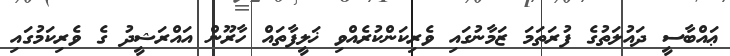
ޢައްބާސީ ދައުލަތުގެ ފުރަތަމަ ޒަމާނުގައި ވެރިކަންކުރެއްވި ޚަލީފާތައް ހާރޫން އައްރަޝީދު ގެ ވެރިކަމުގައި